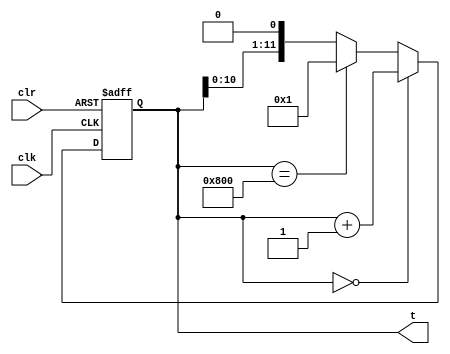
module ringCounter(clk, clr, t);
	input clk, clr;
	output [11:0] t;
	reg [11:0] st=0;
	
	always @(negedge clk, posedge clr) begin
		if (clr == 1) st = 12'b0;
		else if (st == 12'b0) st = st+1;
		else if (st == 12'b100000000000) st = 12'b000000000001;
		else st = st<<1;
	end
	assign t = st;
endmodule